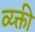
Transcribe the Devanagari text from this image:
व्य्क्ती